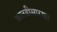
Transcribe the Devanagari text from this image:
कातडीसारखा